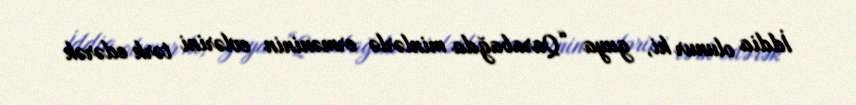
İddia olunur ki, guya “Qarabağda minlərlə erməninin evlərini tərk edərək